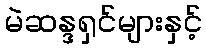
မဲဆန္ဒရှင်များနှင့်